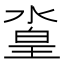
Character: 𣹛